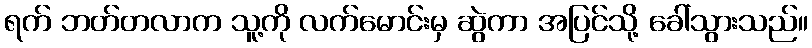
ရက် ဘတ်တလာက သူ့ကို လက်မောင်းမှ ဆွဲကာ အပြင်သို့ ခေါ်သွားသည်။